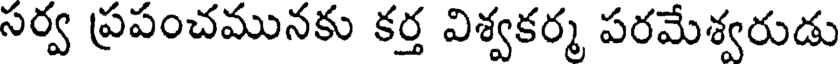
సర్వ ప్రపంచమునకు కర్త విశ్వకర్మ పరమేశ్వరుడు